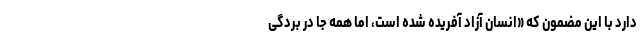
دارد با این مضمون که «انسان آزاد آفریده شده است، اما همه جا در بردگی